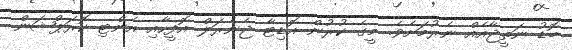
ބޮޑު ނަތީޖާއެއް ނެރުމަށެވެ. މީގެ ކުރުން އޮޑިޓާ ޖެނެރަލް އޮފީހާއި އެންޓި ކޮރަޕްޝަން